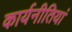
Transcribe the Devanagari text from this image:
कार्यनीतियां